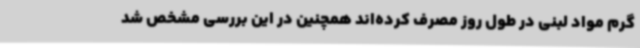
گرم مواد لبنی در طول روز مصرف کرده‌اند همچنین در این بررسی مشخص شد